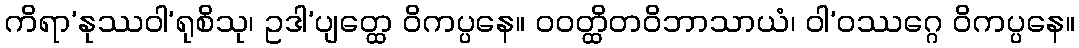
ကိရာ’နုဿဝါ’ရုစိသု၊ ဥဒါ’ပျတ္ထေ ဝိကပ္ပနေ။ ဝဝတ္ထိတဝိဘာသာယံ၊ ဝါ’ဝဿဂ္ဂေ ဝိကပ္ပနေ။